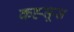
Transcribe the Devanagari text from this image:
कह्सूस